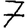
Digit: 7